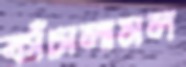
কাঁচালামল